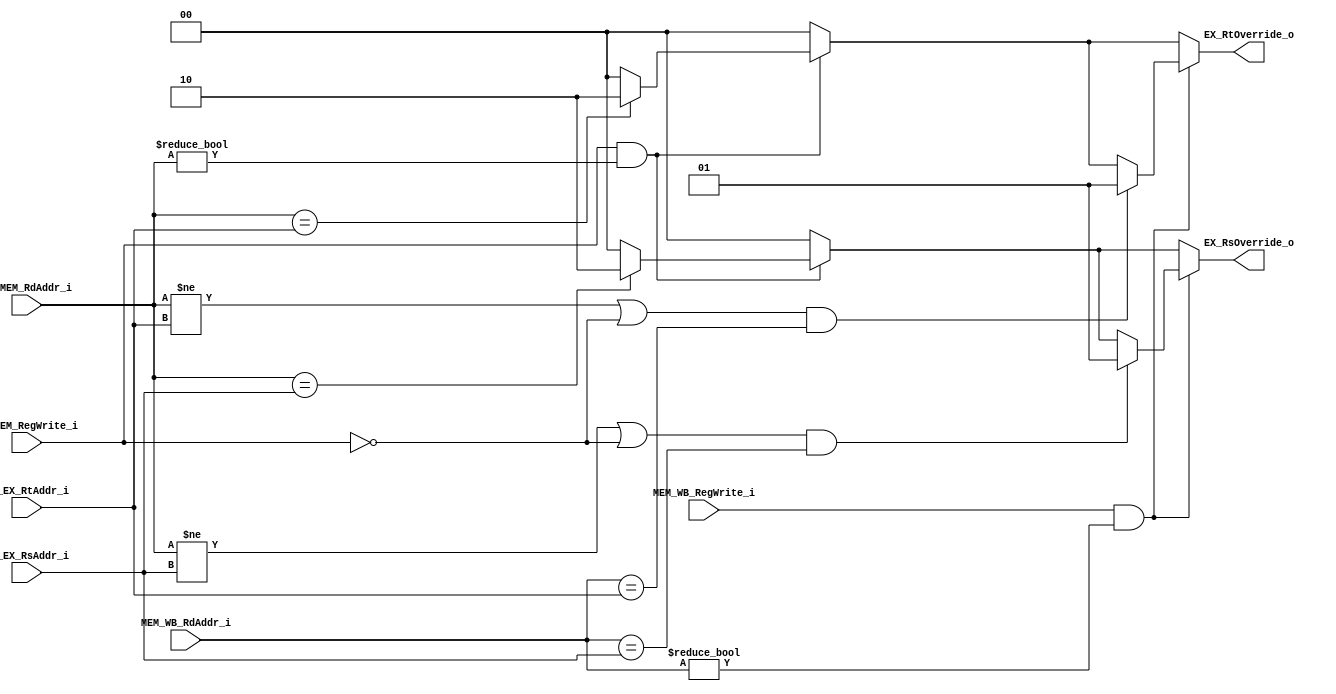
`define ZeroReg 5'b00000

module Forwarding_Unit
(
    input [4:0] ID_EX_RsAddr_i,
    input [4:0] ID_EX_RtAddr_i,
    input EX_MEM_RegWrite_i,
    input [4:0] EX_MEM_RdAddr_i,
    input MEM_WB_RegWrite_i,
    input [4:0] MEM_WB_RdAddr_i,
    output [1:0] EX_RsOverride_o,
    output [1:0] EX_RtOverride_o
);

reg [1:0] EX_RsOverride_o_temp;
reg [1:0] EX_RtOverride_o_temp;

always @(*)
begin
    
    // default
    EX_RsOverride_o_temp <= 2'b00;
    EX_RtOverride_o_temp <= 2'b00;
    
    if(EX_MEM_RegWrite_i && (EX_MEM_RdAddr_i != `ZeroReg))
    begin
        if(EX_MEM_RdAddr_i == ID_EX_RsAddr_i)
            EX_RsOverride_o_temp <= 2'b10;
        if(EX_MEM_RdAddr_i == ID_EX_RtAddr_i)
            EX_RtOverride_o_temp <= 2'b10;
    end

    if(MEM_WB_RegWrite_i && (MEM_WB_RdAddr_i != `ZeroReg))
    begin
        if( ( (EX_MEM_RdAddr_i != ID_EX_RsAddr_i) || (~EX_MEM_RegWrite_i) ) &&
              (MEM_WB_RdAddr_i == ID_EX_RsAddr_i) )
            EX_RsOverride_o_temp <= 2'b01;
        if( ( (EX_MEM_RdAddr_i != ID_EX_RtAddr_i) || (~EX_MEM_RegWrite_i) ) &&
              (MEM_WB_RdAddr_i == ID_EX_RtAddr_i) )
            EX_RtOverride_o_temp <= 2'b01;
    end
end

assign EX_RsOverride_o = EX_RsOverride_o_temp;
assign EX_RtOverride_o = EX_RtOverride_o_temp;

endmodule